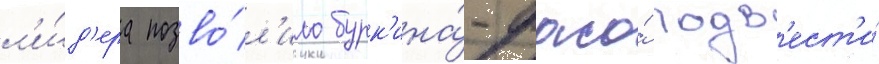
л'и́д'ера позво́л'ило бурк'ина́-фасо́ подв'ест'и́